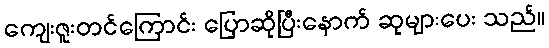
ကျေးဇူးတင်ကြောင်း ပြောဆိုပြီးနောက် ဆုများပေး သည်။